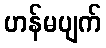
ဟန်မပျက်